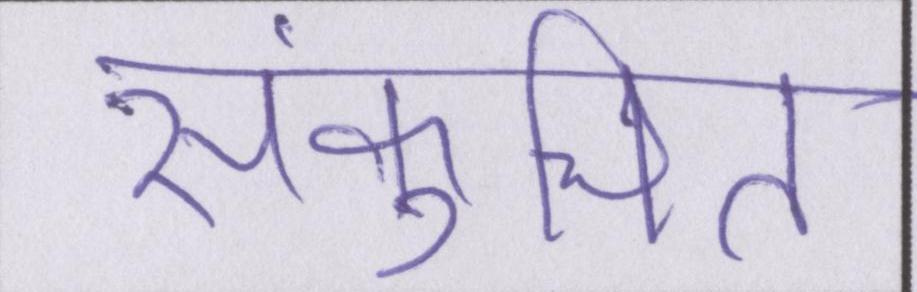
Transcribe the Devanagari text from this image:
संकुचित